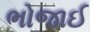
ભોજાઈ